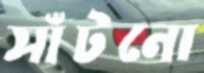
সাঁটনো